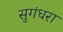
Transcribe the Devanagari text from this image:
सुगंधरा